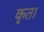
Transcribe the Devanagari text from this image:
कृत।